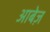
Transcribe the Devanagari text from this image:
आबेज़